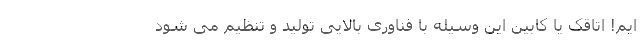
ایم! اتاقک یا کابین این وسیله با فناوری بالایی تولید و تنظیم می شود